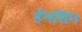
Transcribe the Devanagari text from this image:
हॅनसिंग